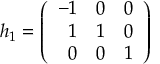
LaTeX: h _ { 1 } = \left( \begin{array} { r r r } { { - 1 } } & { { 0 } } & { { 0 } } \\ { { 1 } } & { { 1 } } & { { 0 } } \\ { { 0 } } & { { 0 } } & { { 1 } } \end{array} \right)